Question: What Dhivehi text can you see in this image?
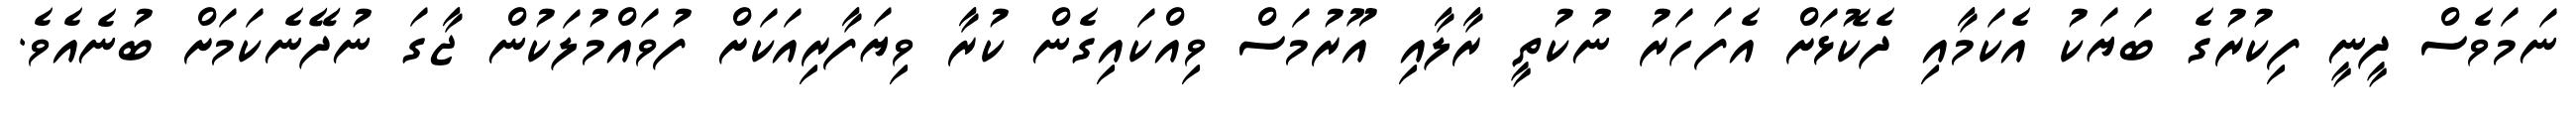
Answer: ނަމަވެސް ދީނީ ފިކުރުގެ ބަޔަކު އެކަމާއި ދެކޮޅަށް އެފަހަރު ނުކުތީ ރާލާއި އޫރުމަސް ވިއްކައިގެން ކުރާ ވިޔަފާރިއަކަށް ފުވައްމުލަކުން ޖާގަ ނުދޭނެކަމަށް ބުނެއެވެ.